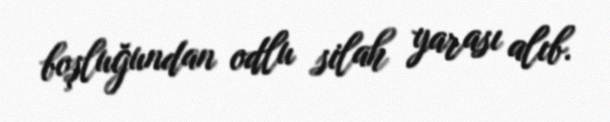
boşluğundan odlu silah yarası alıb.